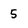
Character: 5